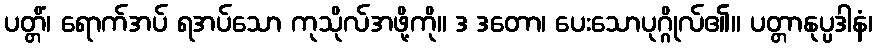
ပတ္တိံ၊ ရောက်အပ် ရအပ်သော ကုသိုလ်အဖို့ကို။ ဒ ဒတော၊ ပေးသောပုဂ္ဂိုလ်၏။ ပတ္တာနုပ္ပဒါနံ၊